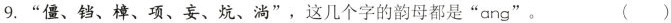
9.”僵、铛、樟、项、妄、炕、淌”，这几个字的韵母都是”ang”。 ()